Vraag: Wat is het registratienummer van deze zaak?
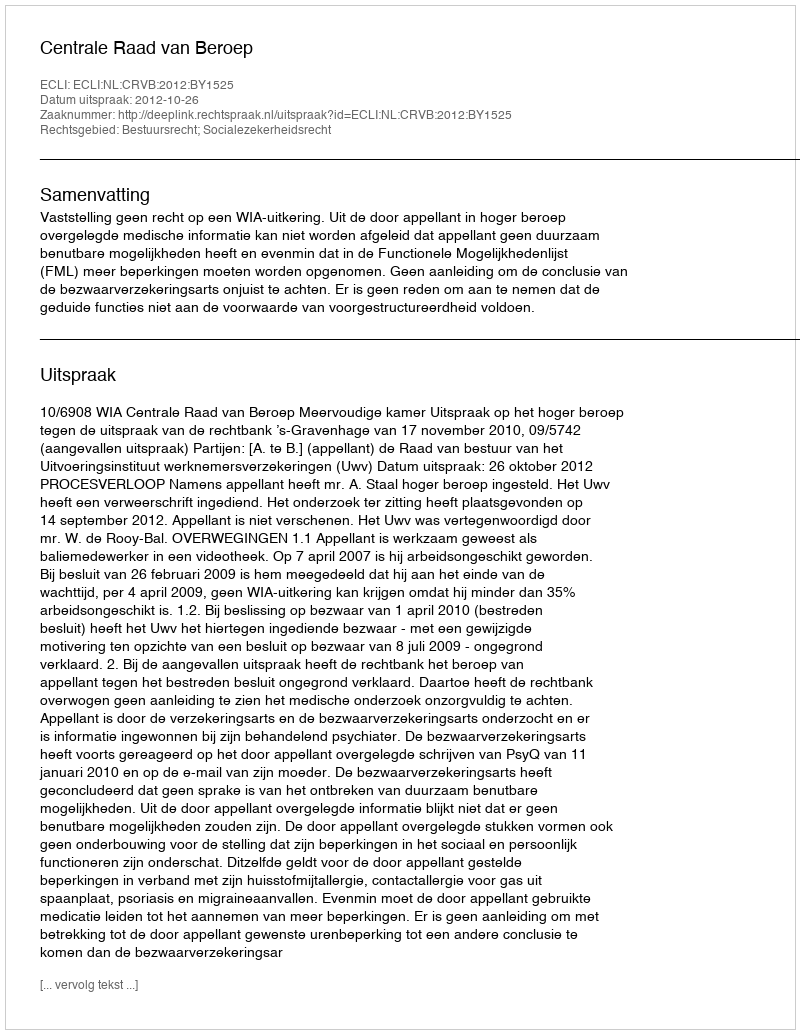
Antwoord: http://deeplink.rechtspraak.nl/uitspraak?id=ECLI:NL:CRVB:2012:BY1525